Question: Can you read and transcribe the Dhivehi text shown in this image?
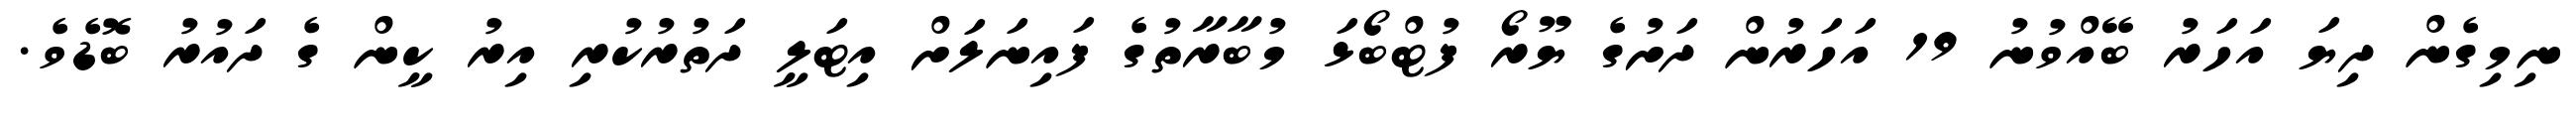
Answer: ނިމިގެން ދިޔަ އަހަރު ބޭއްވުނު 19 އަހަރުން ދަށުގެ ޔޫރޯ ފުޓްބޯޅަ މުބާރާތުގެ ފައިނަލަށް އިޓަލީ ދަތުރުކުރި އިރު ކީން ގެ ދައުރު ބޮޑެވެ.